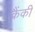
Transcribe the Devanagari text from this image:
क्रैंकी